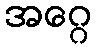
အဂ္ဂေ